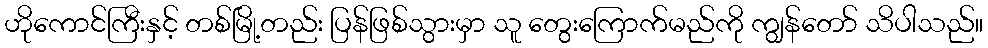
ဟိုကောင်ကြီးနှင့် တစ်မြို့တည်း ပြန်ဖြစ်သွားမှာ သူ တွေးကြောက်မည်ကို ကျွန်တော် သိပါသည်။